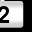
Digit: 2